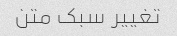
تغییر سبک متن